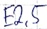
Text: E2.5